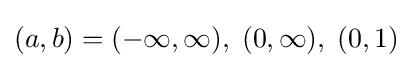
(a,b)=(-\infty ,\infty ),\;(0,\infty ),\;(0,1)